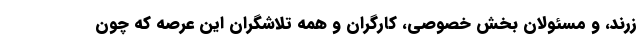
زرند، و مسئولان بخش خصوصی، کارگران و همه تلاشگران این عرصه که چون